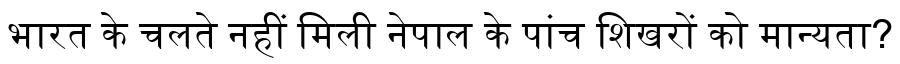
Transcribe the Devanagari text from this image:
भारत के चलते नहीं मिली नेपाल के पांच शिखरों को मान्यता?